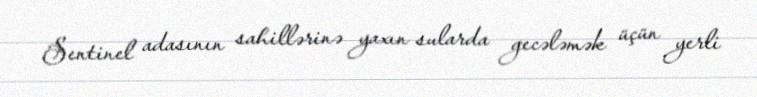
Sentinel adasının sahillərinə yaxın sularda gecələmək üçün yerli